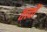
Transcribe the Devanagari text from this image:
तत्वोंं